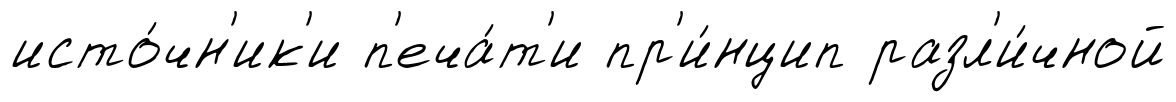
исто́чн'ик'и п'еча́т'и пр'и́нцип разл'и́чной